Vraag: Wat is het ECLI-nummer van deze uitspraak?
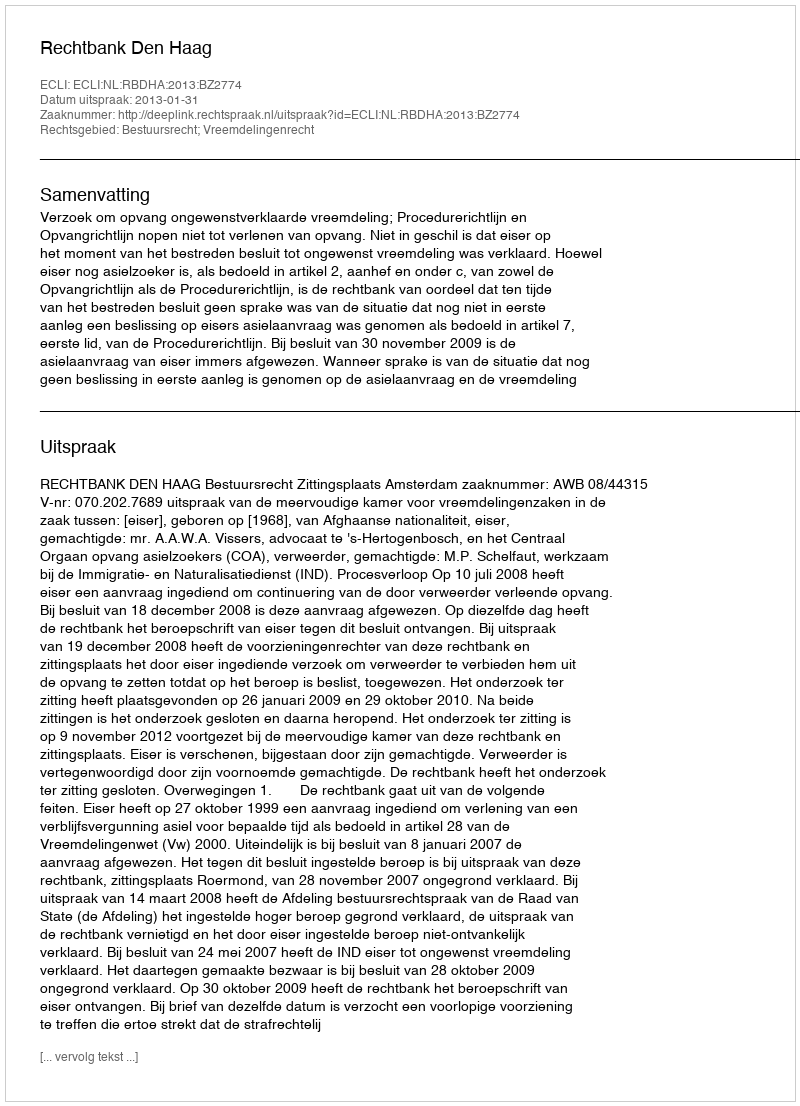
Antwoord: ECLI:NL:RBDHA:2013:BZ2774